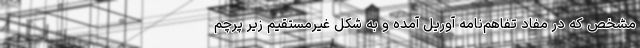
مشخص که در مفاد تفاهم‌نامه آوریل آمده و به شکل غیرمستقیم زیر پرچم